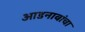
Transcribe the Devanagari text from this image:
आडनावांचा